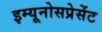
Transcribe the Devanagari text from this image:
इम्यूनोसप्रेसेंट